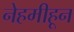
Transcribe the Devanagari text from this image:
नेहमीहून